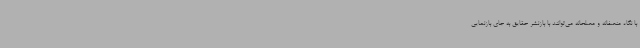
با نگاه منصفانه و مصلحانه می‌توانند با بازنشر حقایق به جای بازنمایی